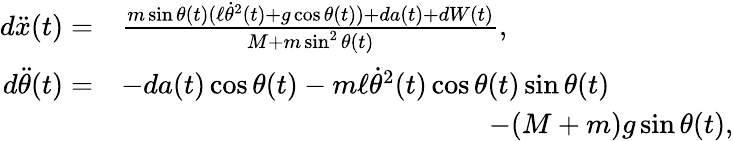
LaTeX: \begin{array}{rl}{d\ddot{x}(t)=}&{\frac{m\sin\theta(t)(\ell\dot{\theta}^{2}(t)+g\cos\theta(t))+da(t)+dW(t)}{M+m\sin^{2}\theta(t)},}\\ {d\ddot{\theta}(t)=}&{-da(t)\cos\theta(t)-m\ell\dot{\theta}^{2}(t)\cos\theta(t)\sin\theta(t)}\\ &{\qquad\qquad\qquad\qquad\qquad\qquad\quad-(M+m)g\sin\theta(t),}\end{array}